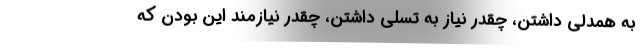
به همدلي داشتن، چقدر نياز به تسلي داشتن، چقدر نيازمند اين بودن كه